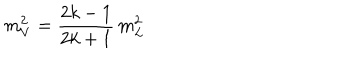
m _ { V } ^ { 2 } = { \frac { 2 k - 1 } { 2 k + 1 } } \, m _ { L } ^ { 2 }